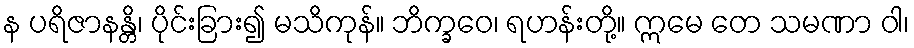
န ပရိဇာနန္တိ၊ ပိုင်းခြား၍ မသိကုန်။ ဘိက္ခဝေ၊ ရဟန်းတို့။ ဣမေ တေ သမဏာ ဝါ၊